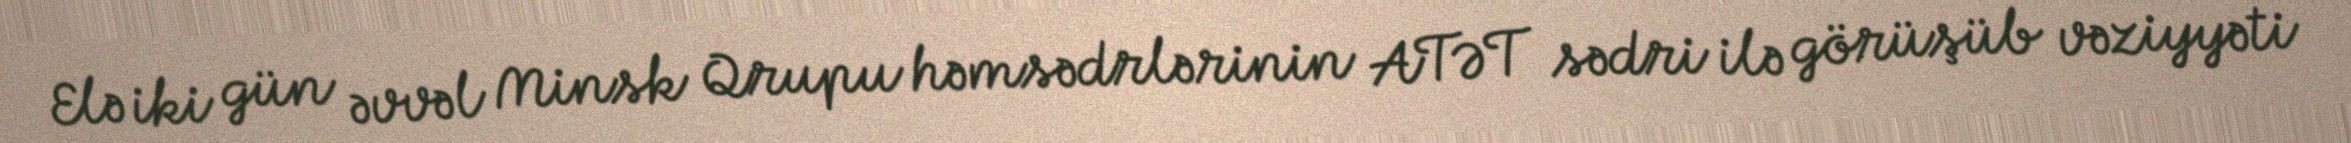
Elə iki gün əvvəl Minsk Qrupu həmsədrlərinin ATƏT sədri ilə görüşüb vəziyyəti